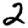
Digit: 2